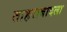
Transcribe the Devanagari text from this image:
ताहराबादला